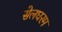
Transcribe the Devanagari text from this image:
सेलघरम